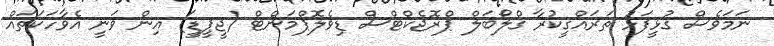
ނަމަވެސް ގުޅީފަޅު ތަރައްގީކުރާ ގްލޯބަލް ޕްރޮޖެކްޓްސް ޑިވެލޮޕްމަންޓް (ޖީޕީޑީ) އިން ވަނީ އެވާހަކަތައް